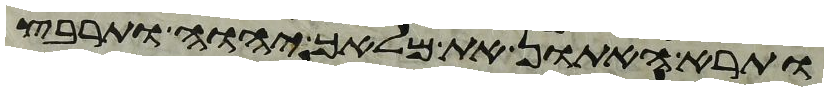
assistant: ותרא האתון את מלאך יהוה ותרבץ